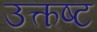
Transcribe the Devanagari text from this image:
उत्कष्ट